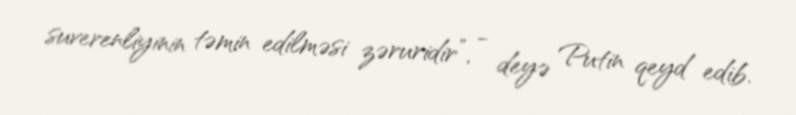
suverenliyinin təmin edilməsi zəruridir”, - deyə Putin qeyd edib.